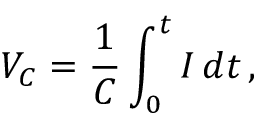
V _ { C } = { \frac { 1 } { C } } \int _ { 0 } ^ { t } I \, d t \, ,